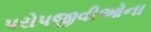
પરોપજીવીઓના